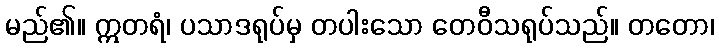
မည်၏။ ဣတရံ၊ ပသာဒရုပ်မှ တပါးသော တေဝီသရုပ်သည်။ တတော၊